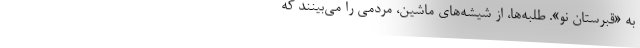
به «قبرستان نو». طلبه‌ها، از شيشه‌هاي ماشين، مردمي را مي‌بينند كه